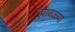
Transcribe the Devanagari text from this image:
झावळ्या